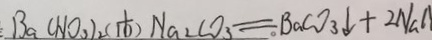
B a ( N O _ { 3 } ) _ { 2 } + N a _ { 2 } C O _ { 3 } = B a C O _ { 3 } \downarrow + 2 N a l